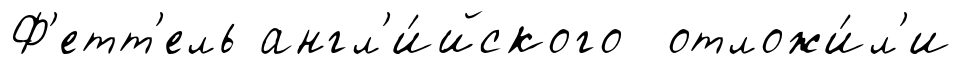
Ф'етт'ель англ'и́йского отложи́л'и